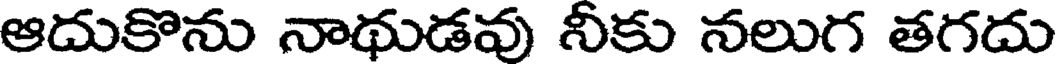
ఆదుకొను నాథుడవు నీకు నలుగ తగదు